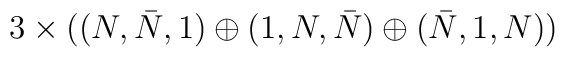
3\times((N,\bar N,1)\oplus(1,N,\bar N)\oplus(\bar N,1,N))